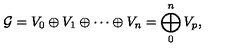
{ \mathcal G } = V _ { 0 } \oplus V _ { 1 } \oplus \cdots \oplus V _ { n } = \bigoplus _ { 0 } ^ { n } V _ { p } ,